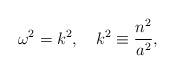
LaTeX: \begin{align*}\omega ^2=k^2, \quad k^2 \equiv {{n^2} \over {a^2}} ,\end{align*}